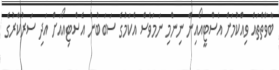
ބާވާތްތައް ވިއްކުމަށް އެސްޓީއޯއިން ނިންމި ނަމަވެސް އެކަމުގެ ސަބަބުން އެސްޓިއޯއަށް އަދި ސަރުކާރުގެ